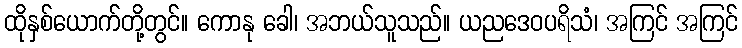
ထိုနှစ်ယောက်တို့တွင်။ ကောနု ခေါ၊ အဘယ်သူသည်။ ယညဒေဝပရိသံ၊ အကြင် အကြင်